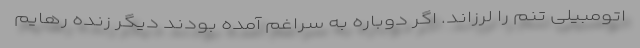
اتومبیلی تنم را لرزاند. اگر دوباره به سراغم آمده بودند دیگر زنده رهایم